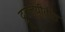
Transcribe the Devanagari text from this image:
द्रुतलयीतील